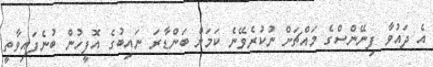
އެ ދައުވާ ފިނޭންސްގެ މައްޗަށް ނުކުރެވޭނެ ކަމަށް ބަންޑާރަ ނައިބުގެ އޮފީހުން ބުނެފައިވާތީ